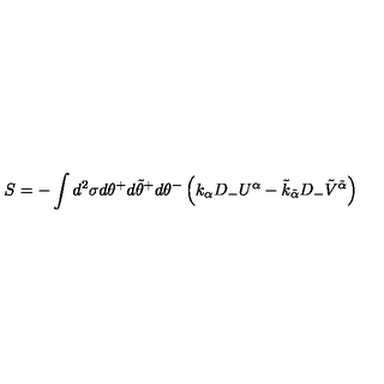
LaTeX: S = - \int d ^ { 2 } \sigma d \theta ^ { + } d \tilde { \theta } ^ { + } d \theta ^ { - } \left( k _ { \alpha } D _ { - } U ^ { \alpha } - \tilde { k } _ { \tilde { \alpha } } D _ { - } \tilde { V } ^ { \tilde { \alpha } } \right)